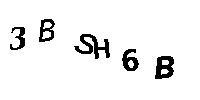
3BSH6B